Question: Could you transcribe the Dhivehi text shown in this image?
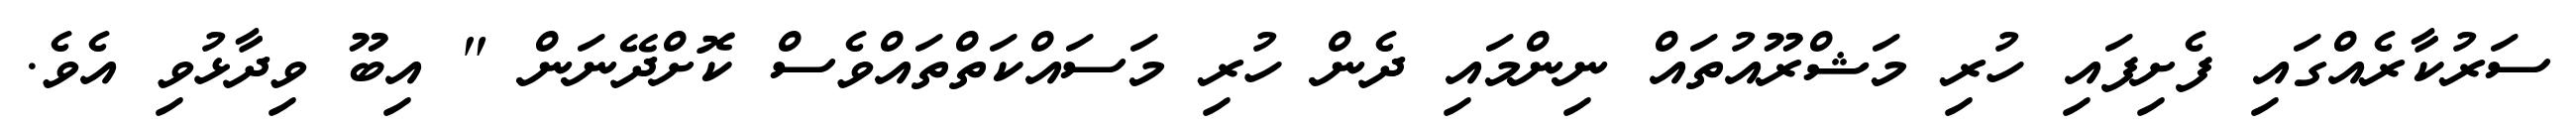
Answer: ސަރުކާރެއްގައި ފެށިފައި ހުރި މަޝްރޫއުތައް ނިންމައި ދެން ހުރި މަސައްކަތްތައްވެސް ކޮށްދޭނަން " އިބޫ ވިދާޅުވި އެވެ.